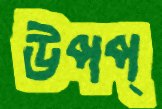
উপপ্